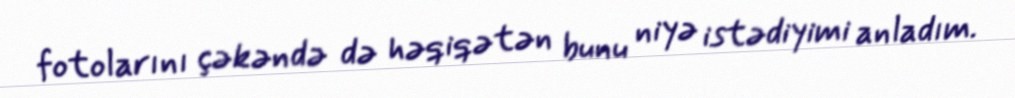
fotolarını çəkəndə də həqiqətən bunu niyə istədiyimi anladım.